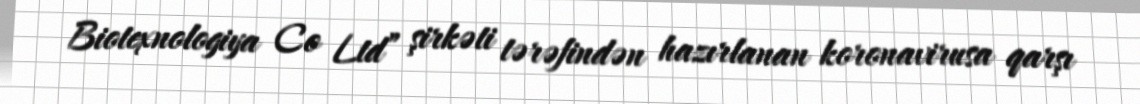
Biotexnologiya Co Ltd” şirkəti tərəfindən hazırlanan koronavirusa qarşı